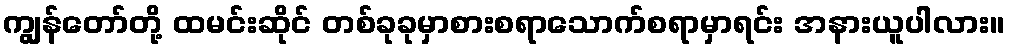
ကျွန်တော်တို့ ထမင်းဆိုင် တစ်ခုခုမှာစားစရာသောက်စရာမှာရင်း အနားယူပါလား။